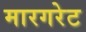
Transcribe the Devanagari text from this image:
मारगरेट